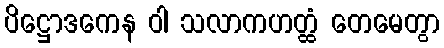
ပိဋ္ဌောဒကေန ဝါ သလာကဟတ္ထံ တေမေတွာ